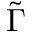
\tilde { \Gamma }